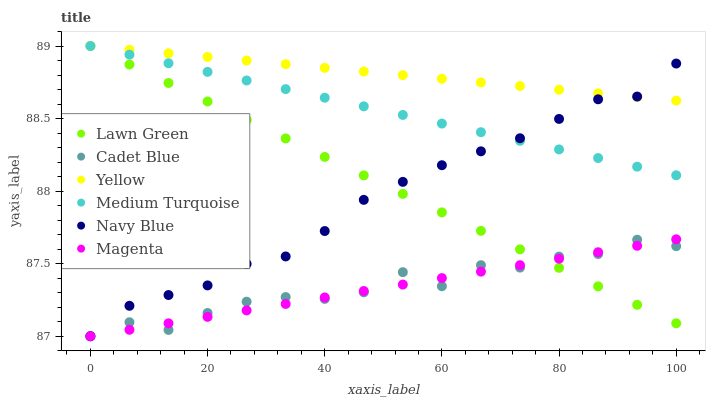
| xaxis_label | Lawn Green | Cadet Blue | Yellow | Medium Turquoise | Navy Blue | Magenta |
 | --- | --- | --- | --- | --- | --- | --- |
 | 0 | 89 | 87 | 89 | 89 | 87 | 87 |
 | 6.67 | 88.9 | 87.1 | 89 | 88.9 | 87.2 | 87 |
 | 13.3 | 88.7 | 87 | 88.9 | 88.9 | 87.3 | 87.1 |
 | 20 | 88.6 | 87.2 | 88.9 | 88.8 | 87.4 | 87.1 |
 | 26.7 | 88.5 | 87.2 | 88.9 | 88.8 | 87.5 | 87.2 |
 | 33.3 | 88.4 | 87.3 | 88.9 | 88.7 | 87.6 | 87.2 |
 | 40 | 88.2 | 87.3 | 88.8 | 88.6 | 87.7 | 87.3 |
 | 46.7 | 88.1 | 87.3 | 88.8 | 88.6 | 87.9 | 87.3 |
 | 53.3 | 88 | 87.4 | 88.8 | 88.5 | 88.1 | 87.4 |
 | 60 | 87.9 | 87.3 | 88.8 | 88.5 | 88.2 | 87.4 |
 | 66.7 | 87.7 | 87.5 | 88.7 | 88.4 | 88.3 | 87.4 |
 | 73.3 | 87.6 | 87.5 | 88.7 | 88.3 | 88.4 | 87.5 |
 | 80 | 87.5 | 87.5 | 88.7 | 88.3 | 88.5 | 87.5 |
 | 86.7 | 87.3 | 87.6 | 88.7 | 88.2 | 88.6 | 87.6 |
 | 93.3 | 87.2 | 87.7 | 88.6 | 88.2 | 88.7 | 87.6 |
 | 100 | 87.1 | 87.6 | 88.6 | 88.1 | 88.9 | 87.7 |